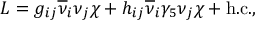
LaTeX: { \cal L } = g _ { i j } \overline { { { \nu } } } _ { i } \nu _ { j } \chi + h _ { i j } \overline { { { \nu } } } _ { i } \gamma _ { 5 } \nu _ { j } \chi + \mathrm { h . c . } ,